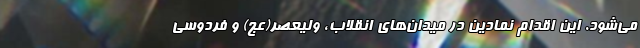
می‌شود. این اقدام نمادین در میدان‌های انقلاب، ولیعصر(عج) و فردوسی